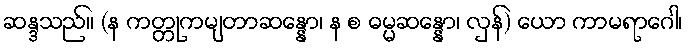
ဆန္ဒသည်။ (န ကတ္တုကမျတာဆန္နော၊ န စ ဓမ္မဆန္နော၊ လှန်) ယော ကာမရာဂေါ၊